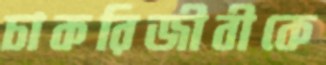
চাকরিজীবীকে